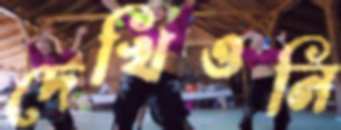
দেখিওনি